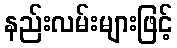
နည်းလမ်းများဖြင့်